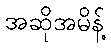
အဆိုအမိန့်